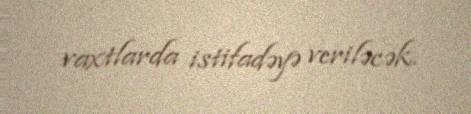
vaxtlarda istifadəyə veriləcək.